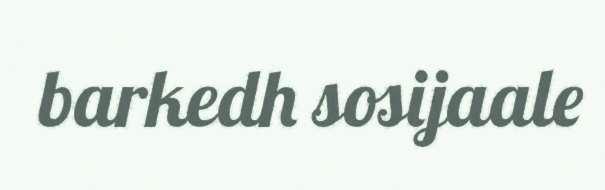
barkedh sosijaale